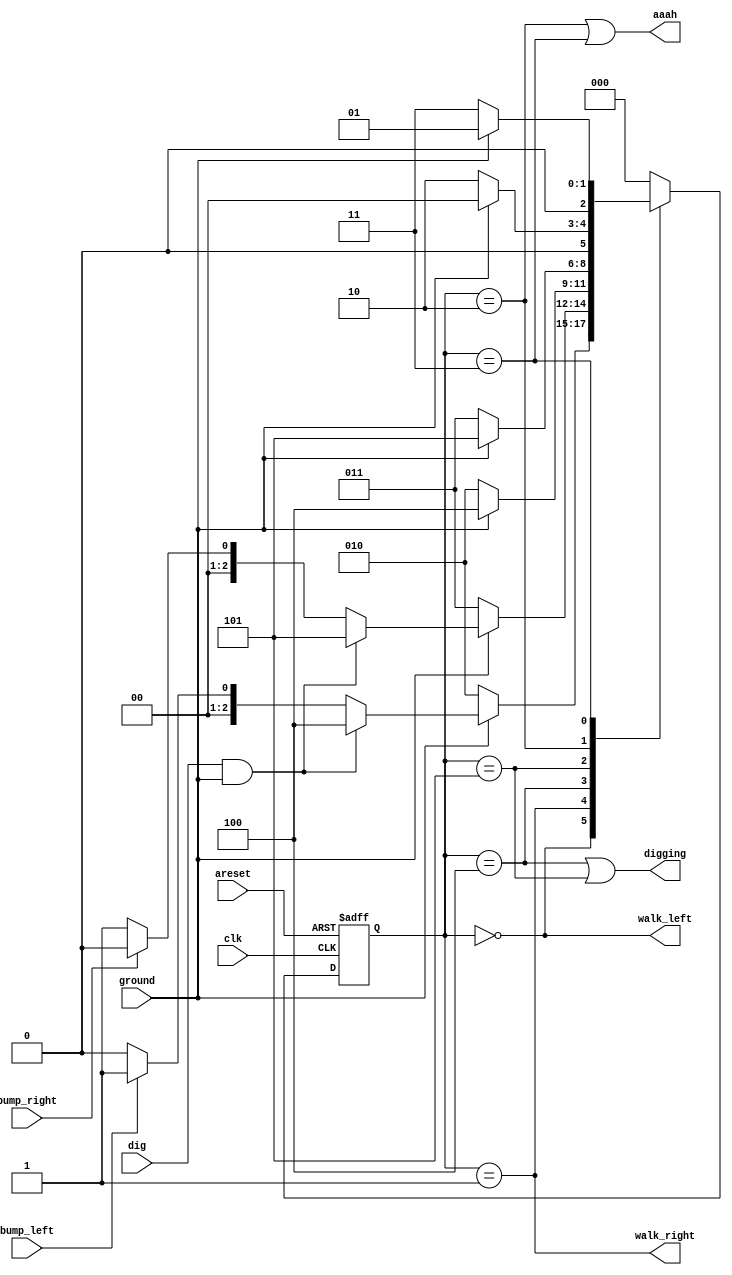
module top_module(
    input clk,
    input areset,    // Freshly brainwashed Lemmings walk left.
    input bump_left,
    input bump_right,
    input ground,
    input dig,
    output walk_left,
    output walk_right,
    output aaah,
    output digging ); 
    
    parameter LEFT = 3'b000, RIGHT = 3'b001, FALL_L = 3'b010, FALL_R = 3'b011, DIG_L = 3'b100, DIG_R = 3'b101;

    reg [2:0]  state = 3'b110, next_state = 3'b111;

    always @(*) begin
        state <= next_state;
    end

    always @(posedge clk or posedge areset) begin
        begin
            if(areset)
                next_state <= LEFT;
            else
                case (state)
                    LEFT : begin
                        if(!ground)
                            next_state <= FALL_L;
                        else if(dig & ground)
                            next_state <= DIG_L;
                        else if(bump_left)
                            next_state <= RIGHT;
                        else
                            next_state <= LEFT;
                    end

                    RIGHT : begin
                        if(!ground)
                            next_state <= FALL_R;
                        else if(dig & ground)
                            next_state <= DIG_R;
                        else if(bump_right)
                            next_state <= LEFT;
                        else 
                            next_state <= RIGHT;
                    end

                    DIG_L : begin
                        if(!ground)
                            next_state <= FALL_L;
                        else
                            next_state <= DIG_L;
                    end

                    DIG_R : begin
                        if(!ground)
                            next_state <= FALL_R;
                        else
                            next_state <= DIG_R;
                    end

                    FALL_L : begin
                        if(ground)
                            next_state <= LEFT;
                        else 
                            next_state <= FALL_L;
                    end

                    FALL_R : begin
                        if(ground)
                            next_state <= RIGHT;
                        else 
                            next_state <= FALL_R;
                    end

                    default: 
                        next_state <= LEFT;
                endcase
                
        end
    end

    assign aaah = ((state == FALL_L) | (state == FALL_R));
    assign digging = ((state == DIG_L) | (state == DIG_R));
    assign walk_left = (state == LEFT);
    assign walk_right = (state == RIGHT);

endmodule